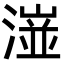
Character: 潂